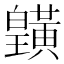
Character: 𪏓